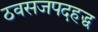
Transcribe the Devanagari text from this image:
ठवसजपदहद्ध